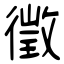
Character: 徵